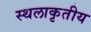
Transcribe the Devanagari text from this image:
स्थलाकृतीय